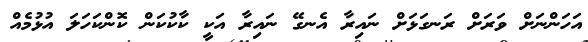
އަހަންނަށް ވަރަށް ރަނގަޅަށް ނައިރާ އެނގޭ ނައިރާ އަކީ ކާކުކަން ކޮންކަހަލަ އުޅުމެއް